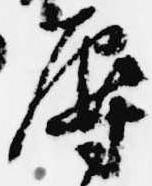
辱